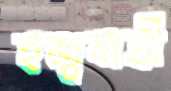
হজ্বযাত্রী